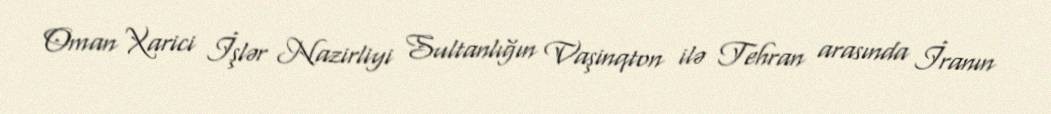
Oman Xarici İşlər Nazirliyi Sultanlığın Vaşinqton ilə Tehran arasında İranın